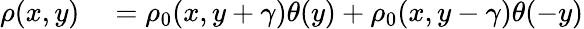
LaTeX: \begin{array}{rl}{\rho(x,y)}&{{}=\rho_{0}(x,y+\gamma)\theta(y)+\rho_{0}(x,y-\gamma)\theta(-y)}\end{array}